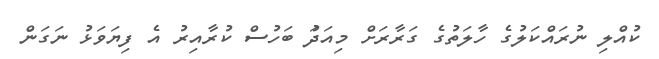
ކުއްލި ނުރައްކަލުގެ ހާލަތުގެ ގަރާރަށް މިއަދަު ބަހުސް ކުރާއިރު އެ ފިޔަވަޅު ނަގަން